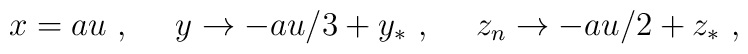
x = au \ , \ \ \ \ y \rightarrow -au/3 +y_* \ , \ \ \ \ z_n \rightarrow -au/2 + z_*\ ,